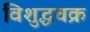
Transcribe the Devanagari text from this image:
विशुद्धचक्र